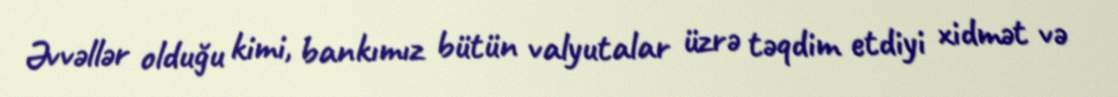
Əvvəllər olduğu kimi, bankımız bütün valyutalar üzrə təqdim etdiyi xidmət və